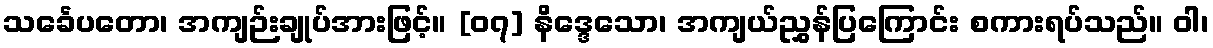
သင်္ခေပတော၊ အကျဉ်းချုပ်အားဖြင့်။ [၀၇] နိဒ္ဒေသော၊ အကျယ်ညွှန်ပြကြောင်း စကားရပ်သည်။ ဝါ၊